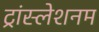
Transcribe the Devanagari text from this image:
ट्रांस्लेशनम